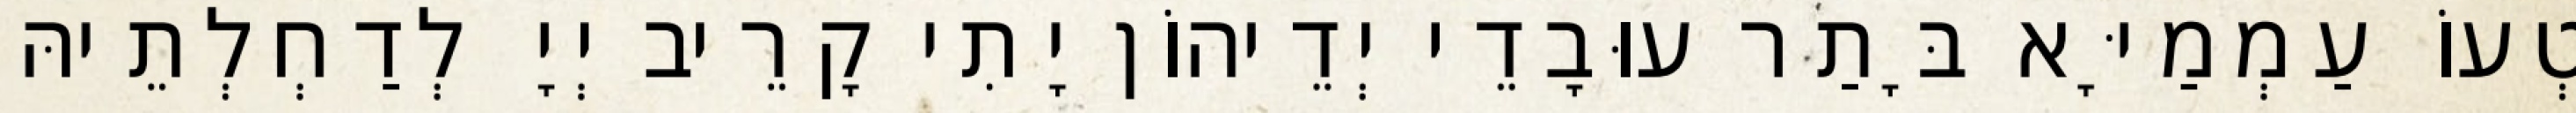
טְעוֹ עַמְמַיָּא בָּתַר עוּבָדֵי יְדֵיהוֹן יָתִי קָרֵיב יְיָ לְדַחְלְתֵיהּ